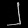
Digit: ၂